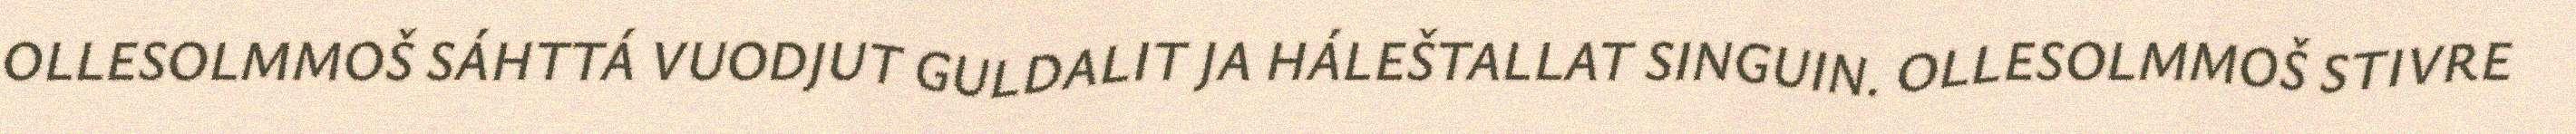
OLLESOLMMOŠ SÁHTTÁ VUODJUT GULDALIT JA HÁLEŠTALLAT SINGUIN. OLLESOLMMOŠ STIVRE